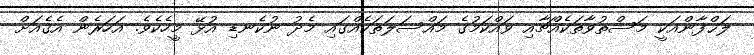
ލަޙްފާންއަކީ މަސްތުވާތަކެެއްޗާއި ވައްކަމުގެ މައްސަލަތަކެއްގައި މެދު ނުކެނޑި އުޅޭ މީހެކެވެ. އަހަރެން އެގެއަށް